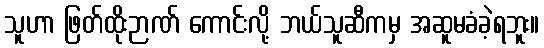
သူဟာ ဖြတ်ထိုးဉာဏ် ကောင်းလို့ ဘယ်သူဆီကမှ အဆူမခံခဲ့ရဘူး။